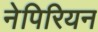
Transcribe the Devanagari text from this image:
नेपिरियन